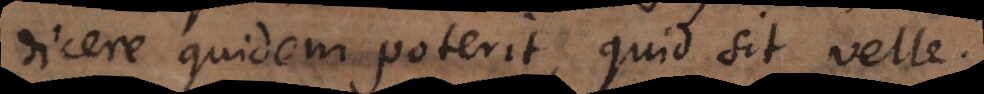
dicere quidem poterit, quid sit velle.